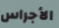
الأجراس